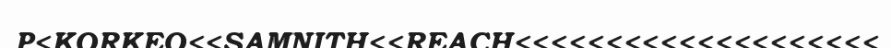
P<KORKEO<<SAMNITH<<REACH<<<<<<<<<<<<<<<<<<<<